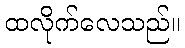
ထလိုက်လေသည်။